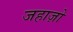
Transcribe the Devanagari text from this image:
जहाज़ो